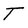
Character: t